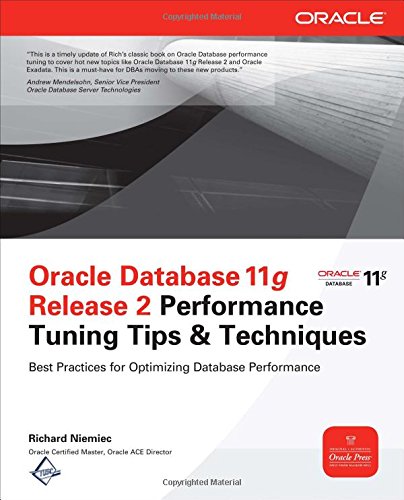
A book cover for Oracle Database 11g Release 2 Performance Tuning Tips & Techniques (Oracle Press); Richard Niemiec; Computers & Technology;